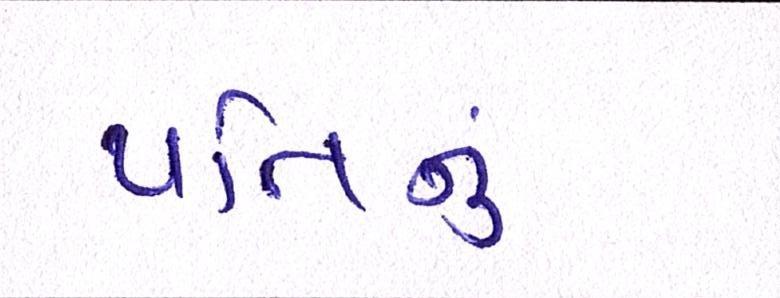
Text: પતિનું